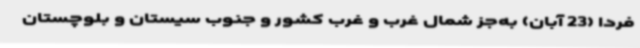
فردا (23 آبان) به‌جز شمال غرب و غرب کشور و جنوب‌ سیستان و بلوچستان